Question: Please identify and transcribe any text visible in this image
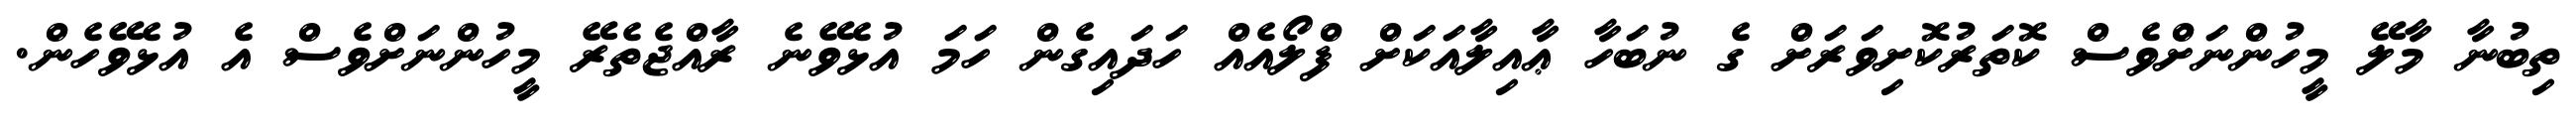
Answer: ތިބުނާ މާލޭ މީހުންނަށްވެސް ކޮތަރުކޮށިވަރަށް ގެ ނުބަހާ ޢާއިލާއަކަށް ފްލޯއެއް ހަދައިގެން ހަމަ އުޅެވޭނެ ރާއްޖެތެރޭ މީހުންނަށްވެސް އެ އުޅެވޭހެން.